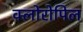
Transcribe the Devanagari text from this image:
क्लोरोपिल